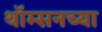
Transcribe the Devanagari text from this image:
थॉम्सनच्या